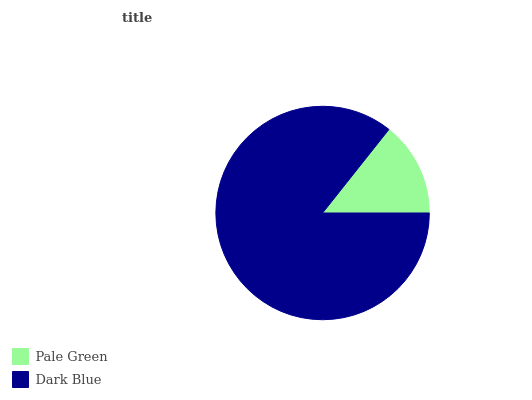
| Pale Green | Dark Blue |
 | --- | --- |
 | 14.3% | 85.7% |